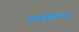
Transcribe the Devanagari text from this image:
नातवंडांच्या